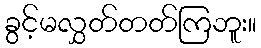
ခွင့်မလွှတ်တတ်ကြဘူး။